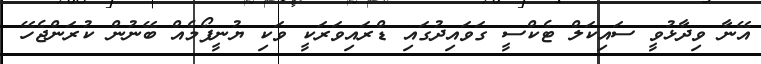
އޭނާ ވިދާޅުވީ ސައިކަލް ޓެކްސީ ގަވައިދުގައި ޑްރައިވަރަކީ ވަކި ޔުނީފޯމެއް ބޭނުން ކުރަންޖެހޭ